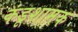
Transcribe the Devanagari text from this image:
कंडूशामक